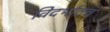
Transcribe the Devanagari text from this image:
विदर्भातच